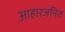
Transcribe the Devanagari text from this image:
आहारजनित